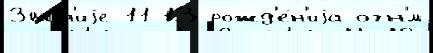
Зва́н'иjе 11-13 рожд'е́н'иjа огн'́м